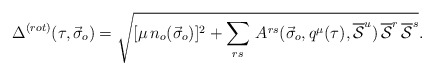
\begin{align*}\Delta^{(rot)}(\tau ,{\vec \sigma}_o) = \sqrt{ [\mu\,n_o({\vec \sigma}_o)]^2 + \sum_{rs}\,A^{rs}({\vec \sigma}_o,q^{\mu}(\tau ), \overline{\cal S}^u )\, \overline{\cal S}^r\,\overline{\cal S}^s}.\end{align*}